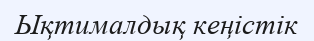
Ықтималдық кеңістік